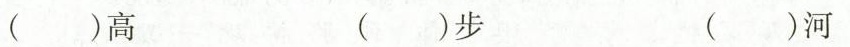
()高 ()步 ()河